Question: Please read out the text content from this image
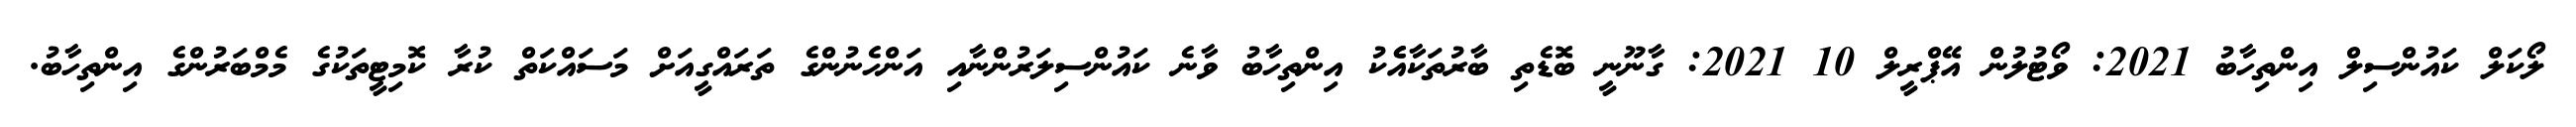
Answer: ލޯކަލް ކައުންސިލް އިންތިހާބު 2021: ވޯޓުލުން އޭޕްރީލް 10 2021: ގާނޫނީ ބޮޑެތި ބާރުތަކާއެެކު އިންތިހާބު ވާނެ ކައުންސިލަރުންނާއި އަންހެނުންގެ ތަރައްގީއަށް މަސައްކަތް ކުރާ ކޮމިޓީތަކުގެ މެމްބަރުންގެ އިންތިހާބު.